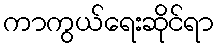
ကာကွယ်ရေးဆိုင်ရာ